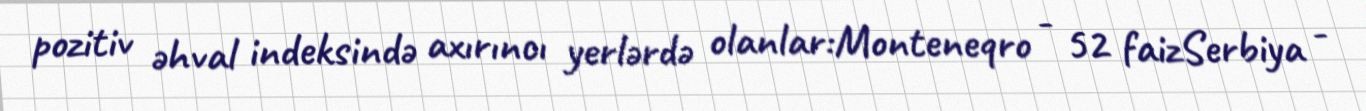
pozitiv əhval indeksində axırıncı yerlərdə olanlar:Monteneqro - 52 faizSerbiya -